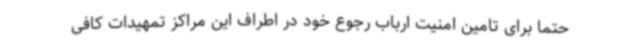
حتما برای تامین امنیت ارباب رجوع خود در اطراف این مراکز تمهیدات کافی